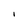
Character: I